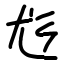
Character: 尨